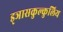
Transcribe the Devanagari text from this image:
ड्ञासकुल्कुलिय